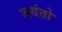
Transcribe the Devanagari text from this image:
जयंतो